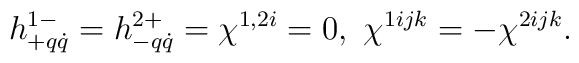
h^{1-}_{+q\dot q}=h^{2+}_{-q\dot q}=\chi^{1,2i}=0,\ \chi^{1ijk}=-\chi^{2ijk}.